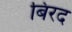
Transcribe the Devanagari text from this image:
बिरद